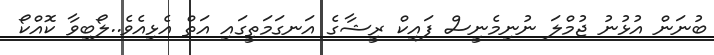
ބުނަން އުޅުނު ޖުމްލަ ނުނިމެނީސް ފައިކް ރީޝާގެ އަނގަމަތީގައި އަތް އެޅިއެވެ..ލޯބިވާ ކޮއްކޯ